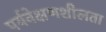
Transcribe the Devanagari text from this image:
पर्यवेक्षणशीलता